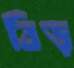
বিড়